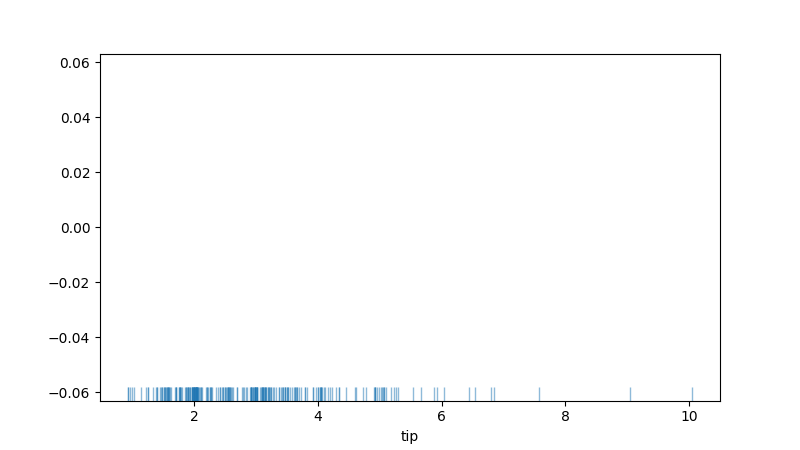
python, seaborn, rugplot, height=0.04, axis='x', alpha=0.5